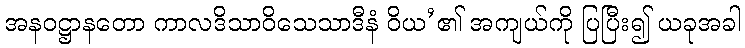
အနဝဋ္ဌာနတော ကာလဒိသာဝိသေသာဒီနံ ဝိယ’၏ အကျယ်ကို ပြပြီး၍ ယခုအခါ